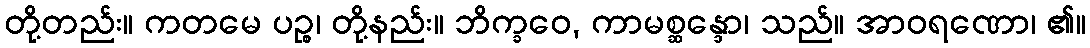
တို့တည်း။ ကတမေ ပဉ္စ၊ တို့နည်း။ ဘိက္ခဝေ, ကာမစ္ဆန္ဒော၊ သည်။ အာဝရဏော၊ ၏။